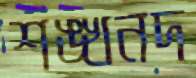
শঙ্খনদ